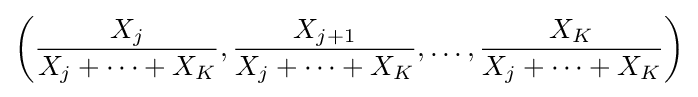
\left({\frac {X_{j}}{X_{j}+\cdots +X_{K}}},{\frac {X_{j+1}}{X_{j}+\cdots +X_{K}}},\ldots ,{\frac {X_{K}}{X_{j}+\cdots +X_{K}}}\right)